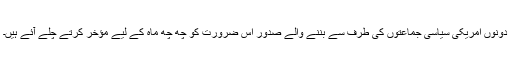
دونوں امریکی سیاسی جماعتوں کی طرف سے بننے والے صدور اس ضرورت کو چھ چھ ماہ کے لیے مؤخر کرتے چلے آئے ہیں۔